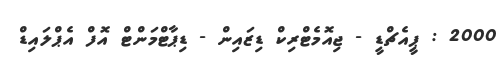
2000 : ޕީއެޗްޑީ - ޖިއޮމެޓްރިކް ޑިޒައިން - ޑިޕާޓްމަންޓް އޮފް އެޕްލައިޑް